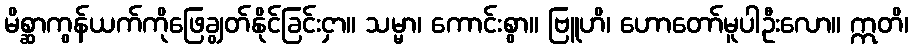
မိစ္ဆာကွန်ယက်ကိုဖြေချွတ်နိုင်ခြင်းငှာ။ သမ္မာ၊ ကောင်းစွာ။ ဗြူဟိ၊ ဟောတော်မူပါဦးလော။ ဣတိ၊